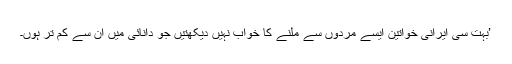
’بہت سی ایرانی خواتین ایسے مردوں سے ملنے کا خواب نہیں دیکھتیں جو دانائی میں ان سے کم تر ہوں۔